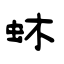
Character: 蚞